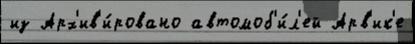
из Арх'ив'и́ровано автомоб'и́л'ей Арв'ик'е